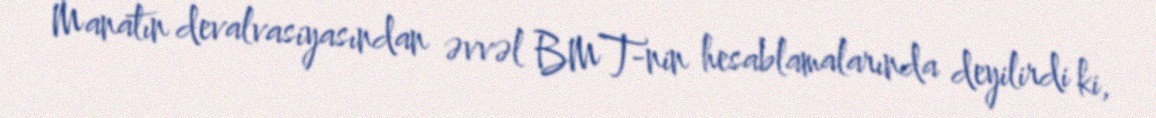
Manatın devalvasiyasından əvvəl BMT-nin hesablamalarında deyilirdi ki,